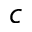
c